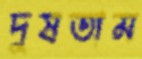
দুষতাম